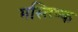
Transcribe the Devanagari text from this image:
मस्‍तिष्‍क